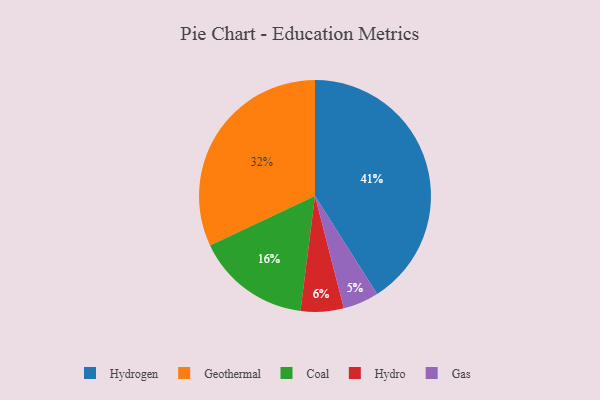
{"axis": {"x": "Category", "y": "Percentage"}, "legend": ["Coal", "Gas", "Geothermal", "Hydro", "Hydrogen"], "data": [{"x": "Gas", "y": 5, "type": "Gas"}, {"x": "Hydrogen", "y": 41, "type": "Hydrogen"}, {"x": "Coal", "y": 16, "type": "Coal"}, {"x": "Hydro", "y": 6, "type": "Hydro"}, {"x": "Geothermal", "y": 32, "type": "Geothermal"}]}